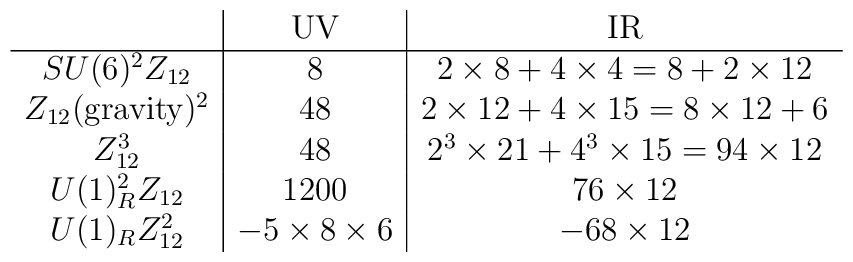
\begin{array}{c|c|c}& \mbox{UV} & \mbox{IR} \\\hline SU(6)^2Z_{12}  &  8   & 2\times 8+4\times 4=8+2\times 12  \\ Z_{12}(\mbox{gravity})^{2}  &  48  &   2\times 12+4\times 15 = 8\times 12 + 6 \\ Z_{12}^3 &  48  &  2^{3}\times 21+4^{3}\times 15=94\times 12\\  U(1)_R^2 Z_{12} &  1200  & 76\times 12 \\  U(1)_R Z_{12}^2 &  -5\times 8\times 6  &  -68\times 12 \end{array} \nonumber